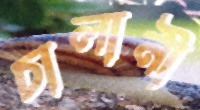
চালানী